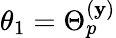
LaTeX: \theta_{1}=\Theta_{p}^{(\mathbf{y})}